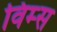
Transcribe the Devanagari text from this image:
विम्स